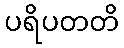
ပရိပတတိ